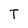
Character: T